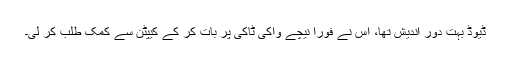
ڈیوڈ بہت دور اندیش تھا، اس نے فوراً نیچے واکی ٹاکی پر بات کر کے کیپٹن سے کمک طلب کر لی۔